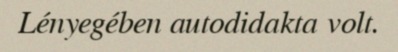
Lényegében autodidakta volt.